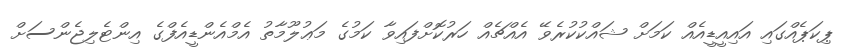
ޕިކަޕެއްގައި އައިއީޑީއެއް ކަމަށް ޝައްކުކުރެވޭ އެއްޗެއް ހަރުކޮށްފައިވާ ކަމުގެ މަޢުލޫމާތު އެމްއެންޑީއެފްގެ އިންޓެލިޖެންސަށް